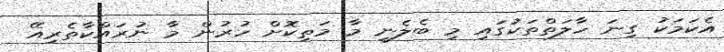
އެކަމަކު ގިނަ ހާލަތްތަކުގައި މި ބެލެނީ މާ މަތިކޮށް ހުރުން މާ ނުރައްކާތެރިއޭ